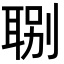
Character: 𦖇